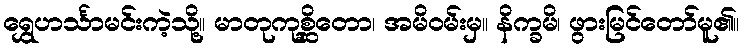
ရွှေဟင်္သာမင်းကဲ့သို့။ မာတုကုစ္ဆိတော၊ အမိဝမ်းမှ။ နိက္ခမိ၊ ဖွားမြင်တော်မူ၏။